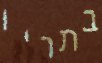
בתריו